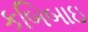
કબિબાઇ